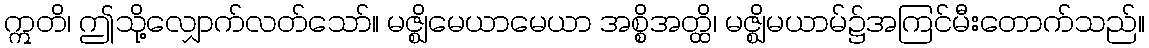
ဣတိ၊ ဤသို့လျှောက်လတ်သော်။ မဇ္ဈိမေယာမေယာ အစ္စိအတ္ထိ၊ မဇ္ဈိမယာမ်၌အကြင်မီးတောက်သည်။